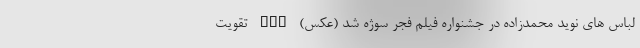
لباس های نوید محمدزاده در جشنواره فیلم فجر سوژه شد (عکس) nan تقویت